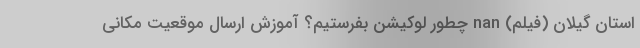
استان گیلان (فیلم) nan چطور لوکیشن بفرستیم؟ آموزش ارسال موقعیت مکانی